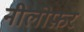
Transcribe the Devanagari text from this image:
नीलोफ़र